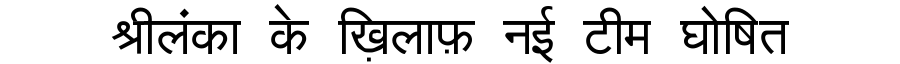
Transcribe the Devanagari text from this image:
श्रीलंका के ख़िलाफ़ नई टीम घोषित